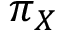
\pi _ { \boldsymbol { X } }